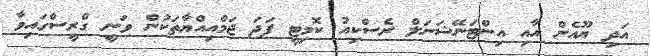
އަދި ޔޫއެން އާއި އިންޓަނޭޝަނަލް ރެސްކިއު ކޮމިޓީ ފަދަ ޖަމްއިއްޔާތަކުން ވަނީ ގްރީސްގައިވާ